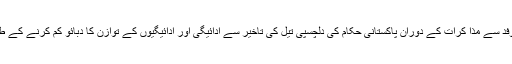
ذرائع نے بتایا کہ سعودی اعلی وفد سے مذا کرات کے دوران پاکستانی حکام کی دلچسپی تیل کی تاخیر سے ادائیگی اور ادائیگیوں کے توازن کا دبائو کم کرنے کے طریقہ کار طے کرنے میں ہوگی۔